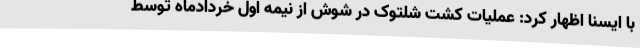
با ایسنا اظهار کرد: عملیات کشت شلتوک در شوش از نیمه اول خردادماه توسط